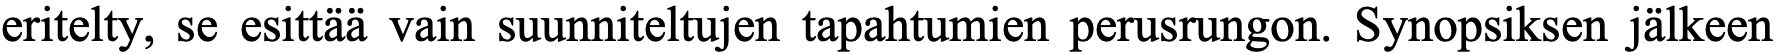
eritelty, se esittää vain suunniteltujen tapahtumien perusrungon. Synopsiksen jälkeen